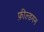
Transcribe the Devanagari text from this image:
फ़ील्डगन